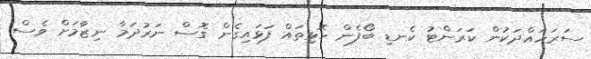
ސަރަހައްދަކުން ކަރަންޓު ކެނޑި ބޯފެން ހޮޅިތައް ފަޅައިގެން ގޮސް ނަރުދަމާ ނިޒާމަށް ވެސް